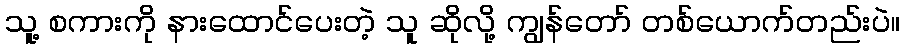
သူ့ စကားကို နားထောင်ပေးတဲ့ သူ ဆိုလို့ ကျွန်တော် တစ်ယောက်တည်းပဲ။